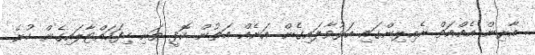
އާރިން އެއްއަތް ރެއިލިންގައި އަޅުވާލައިގެން އަނެއް އަތުން ކޮފީ ތަށި ހިފަހައްޓާލައިގެން ހުރެ